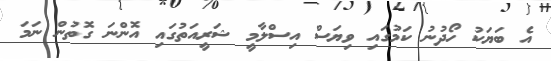
އެ ބަޔަކު ހޯދުނު ކަމުގައި ވިޔަސް އިސްލާމީ ޝަރީއަތުގައި އޮންނަ ގޮތުން ނަމަ